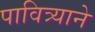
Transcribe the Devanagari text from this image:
पावित्र्याने